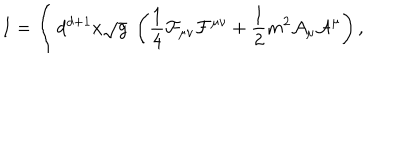
LaTeX: I = \int d ^ { d + 1 } x \sqrt g \; \left( { \frac { 1 } { 4 } } { \cal F } _ { \mu \nu } { \cal F } ^ { \mu \nu } + { \frac { 1 } { 2 } } m ^ { 2 } { \cal A } _ { \mu } { \cal A } ^ { \mu } \right) ,